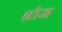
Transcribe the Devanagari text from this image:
थ्रोज